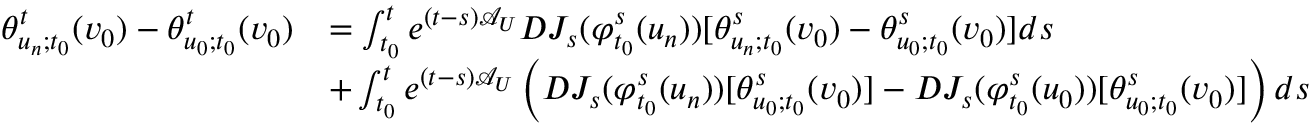
\begin{array} { r l } { \theta _ { u _ { n } ; t _ { 0 } } ^ { t } ( v _ { 0 } ) - \theta _ { u _ { 0 } ; t _ { 0 } } ^ { t } ( v _ { 0 } ) } & { = \int _ { t _ { 0 } } ^ { t } e ^ { ( t - s ) \mathcal { A } _ { U } } D J _ { s } ( \varphi _ { t _ { 0 } } ^ { s } ( u _ { n } ) ) [ \theta _ { u _ { n } ; t _ { 0 } } ^ { s } ( v _ { 0 } ) - \theta _ { u _ { 0 } ; t _ { 0 } } ^ { s } ( v _ { 0 } ) ] d s } \\ & { + \int _ { t _ { 0 } } ^ { t } e ^ { ( t - s ) \mathcal { A } _ { U } } \left( D J _ { s } ( \varphi _ { t _ { 0 } } ^ { s } ( u _ { n } ) ) [ \theta _ { u _ { 0 } ; t _ { 0 } } ^ { s } ( v _ { 0 } ) ] - D J _ { s } ( \varphi _ { t _ { 0 } } ^ { s } ( u _ { 0 } ) ) [ \theta _ { u _ { 0 } ; t _ { 0 } } ^ { s } ( v _ { 0 } ) ] \right) d s } \end{array}